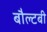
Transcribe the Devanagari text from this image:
बौल्टबी